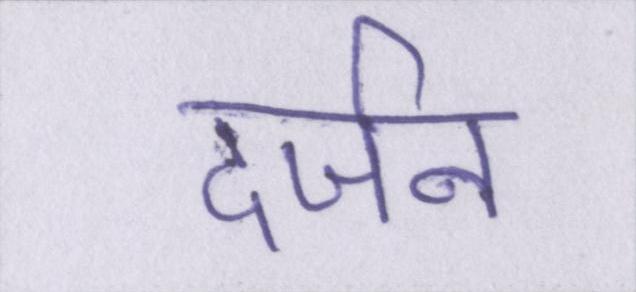
दर्जन